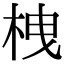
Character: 栧